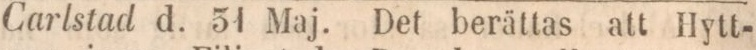
Carlstad d. 51 Maj. Det berättas att Hytt-